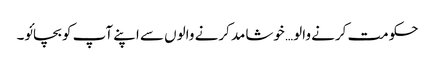
حکومت کرنے والو… خوشامد کرنے والوں سے اپنے آپ کو بچائو۔